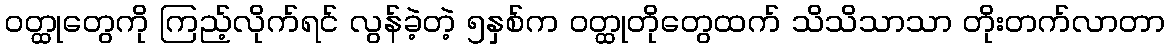
ဝတ္ထုတွေကို ကြည့်လိုက်ရင် လွန်ခဲ့တဲ့ ၅နှစ်က ဝတ္ထုတိုတွေထက် သိသိသာသာ တိုးတက်လာတာ